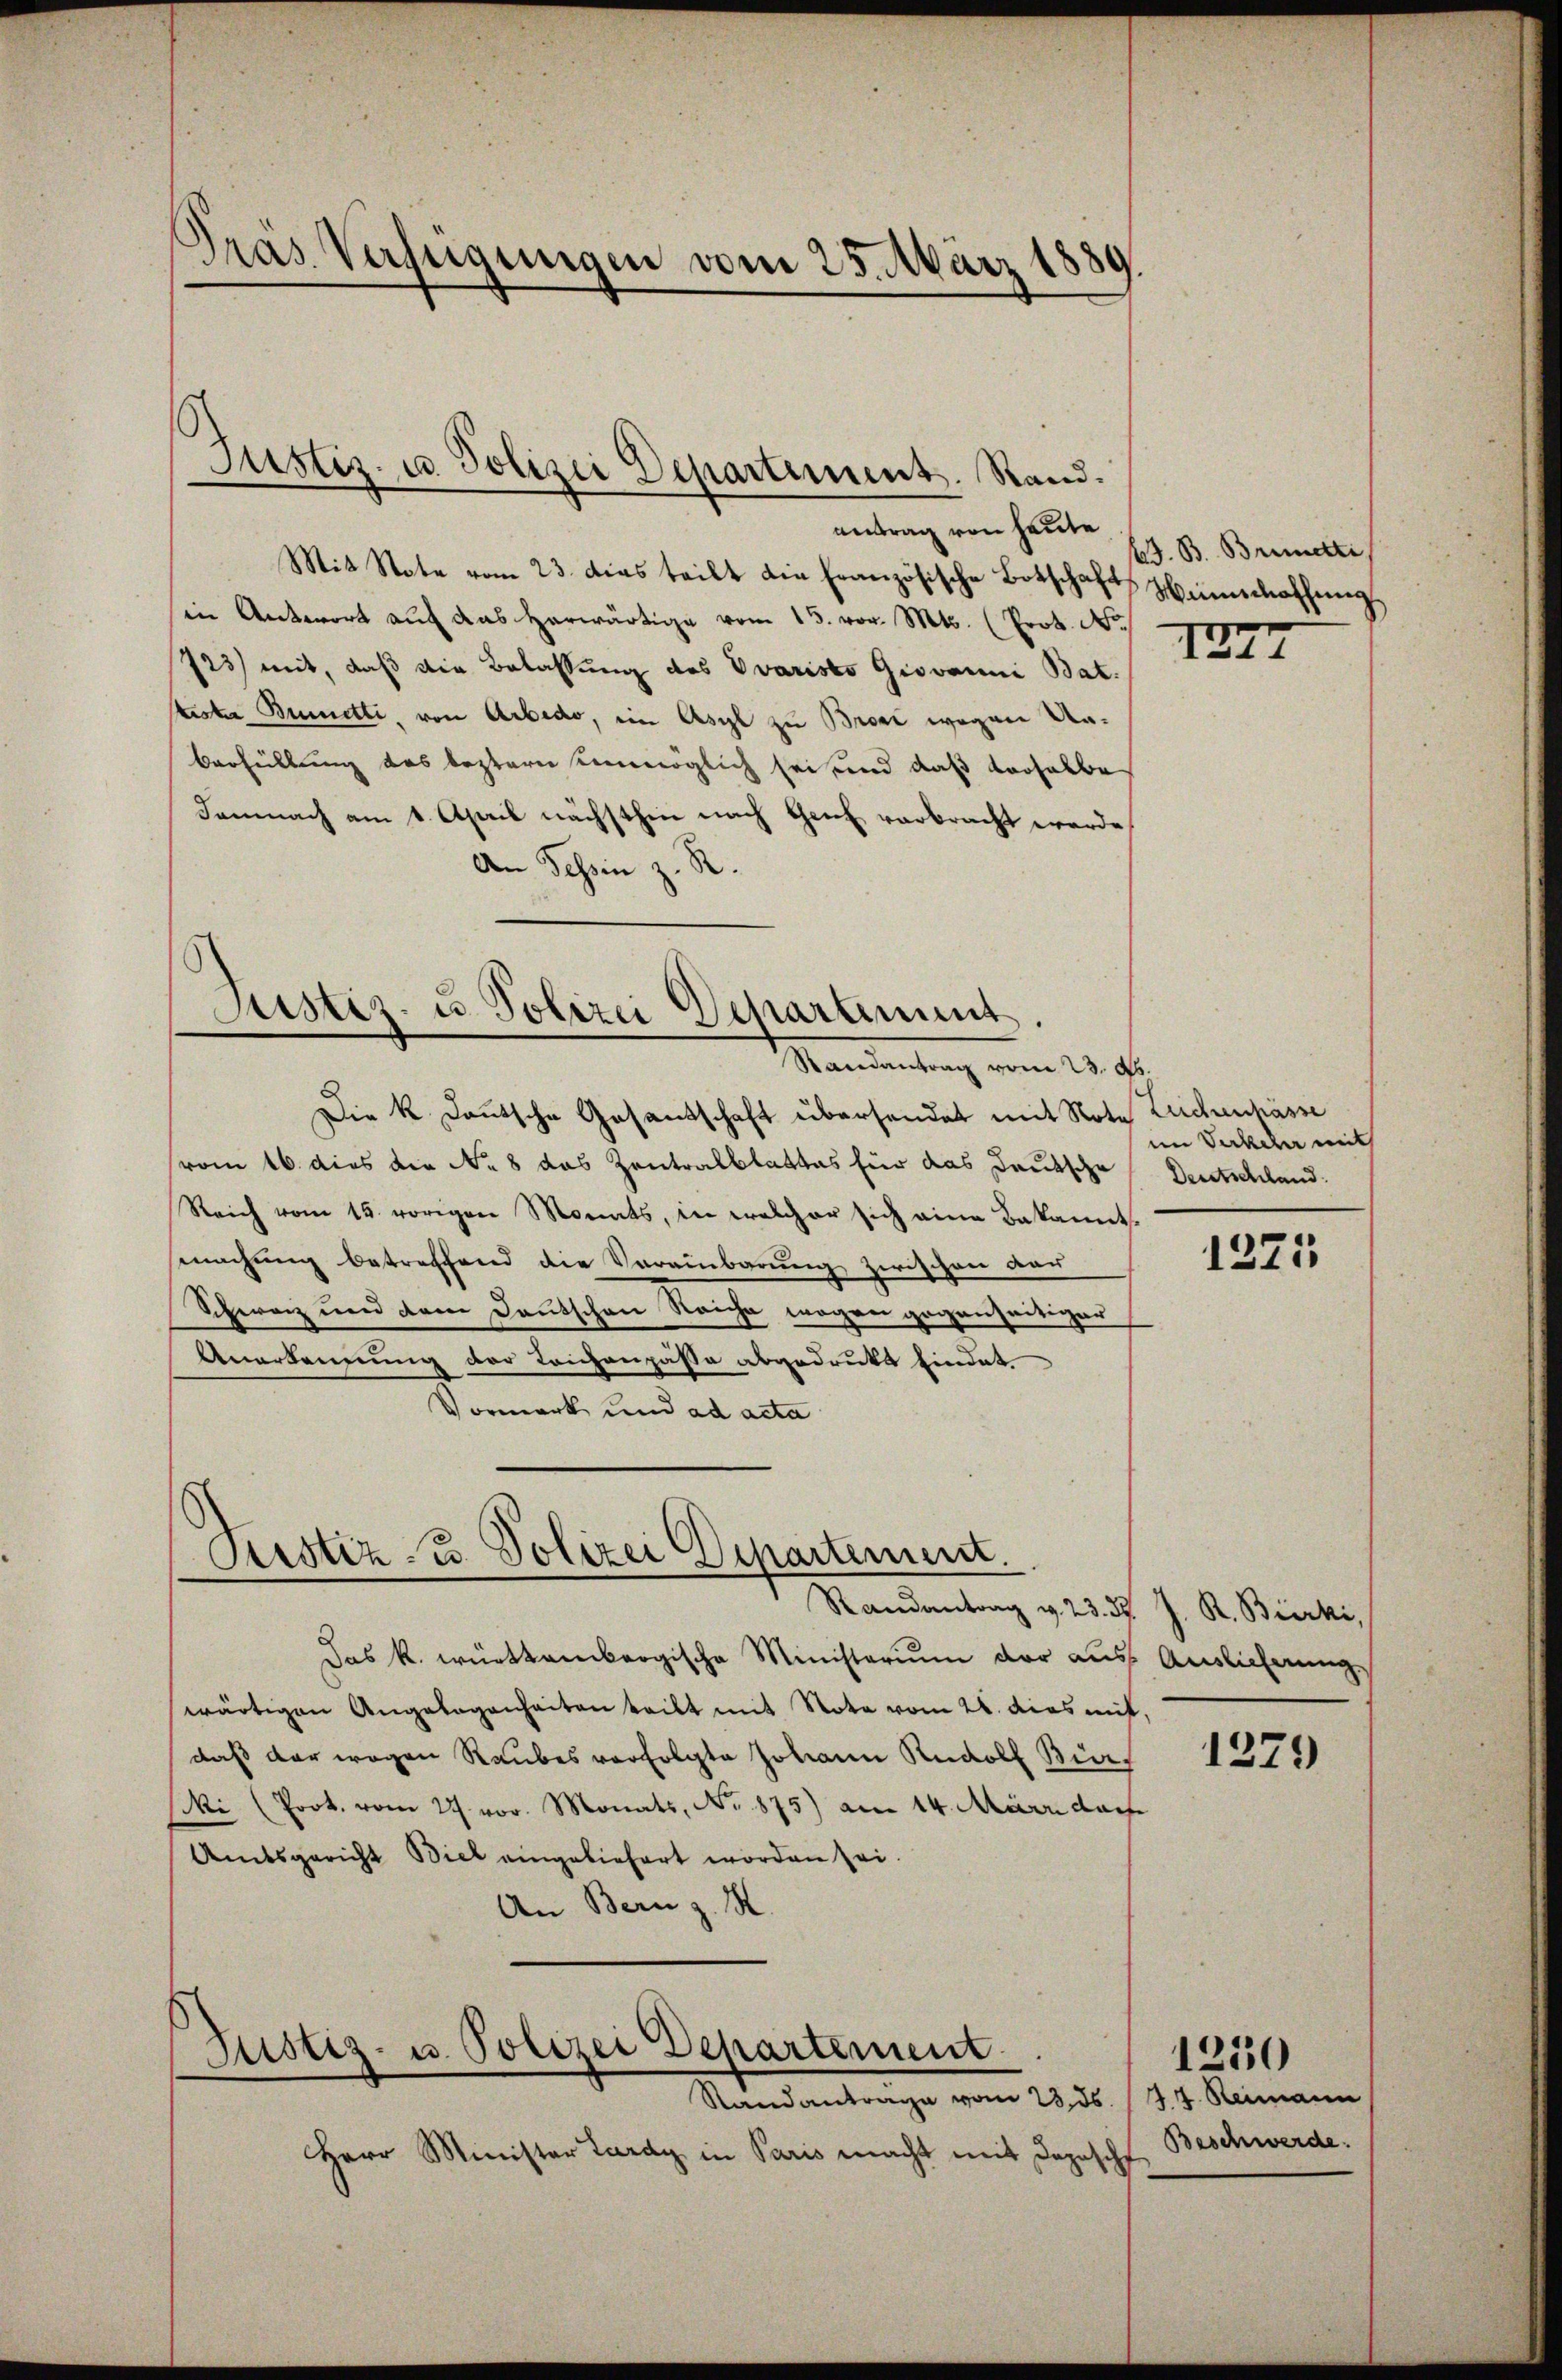
Pras Verfügungen vom 25. März 1839

Mit State vom 23. dies teilt die französische Botschaft Hinschaffung
in Antwort aŭf das herwärtige vom 15. vor. Mts. (Prot. No
723) mit, daß die Belassung des Ovaristo Giovanni Bat.
tister Bunetti, von Arbedo, im Asyl zu Broni wegen Un¬
Verfüllung des leztern unmöglich sei und daß derselbe
Demnach am 1. April nächsthin nach Genf verbracht werde
An Schin z. R.

Justiz- u. Polizei Departiment. Stand.

Justiz- u. Polizei Departement.
Randantrag vom 23. d.

Justiz u. Polizei Departement.

Die k. Deutsche Gesandschaft übersendet mit Note Zeichenpässe
vom 16. dies die No. 8 das Zentralblattes für das Deutsche
Reich vom 15. vorigen Monats, in welcher sich eine Bekannt
machung betreffend die Vereinbarung zwischen der
Schwarz und dem Deutschen Reiche wegen gegenseitiger
Anerkennung der Leichenpasse abgedruckt findet.
Vormerk und ad acta

Randantrag v. 23. d. J. R. Bierki
Das k. württembergische Ministerium der aus Auslieferung
wärtigen Angelegenheiten teilt mit Note vom 28. dies mit
daß der wegen Raubes verfolgte Johann Rudolf Biers
Mi (Prot. vom 27. vor. Monats, No. 875) am 14. März darf
Amtsgericht Biel eingeliefert worden sei.
An Bern z. R.

Justiz- u. Polizei Departement.
Standantrage vom 23. ds. 14. Reimann

antrag von heute

Herr Minister Lardy in Paris macht mit Depesch

G. B. Bremette,

1277

im Verkehr mit
Deutschland.

1221

1379

Beschwerde.

1250